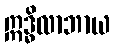
ဣဒ္ဓိလာဘာယ